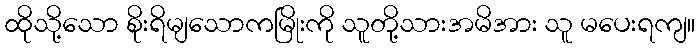
ထိုသို့သော စိုးရိမျသောကမြိုးကို သူတို့သားအမိအား သူ မပေးရကျ။